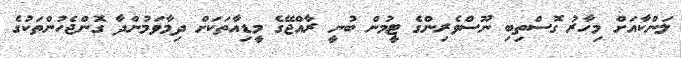
ލަންކާއަށް މިހާރު ގޮސްތިބި ނޫސްވެރިންގެ ޓީމުން ބުނީ ރާއްޖޭގެ މީޑިއާތަކަށް ދިމާވަމުންދާ ގޮންޖެހުންތަކުގެ